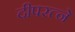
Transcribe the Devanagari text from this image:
दीपरत्ने